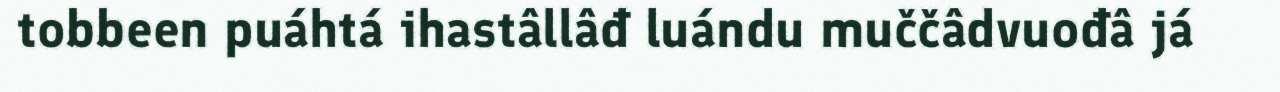
tobbeen puáhtá ihastâllâđ luándu muččâdvuođâ já